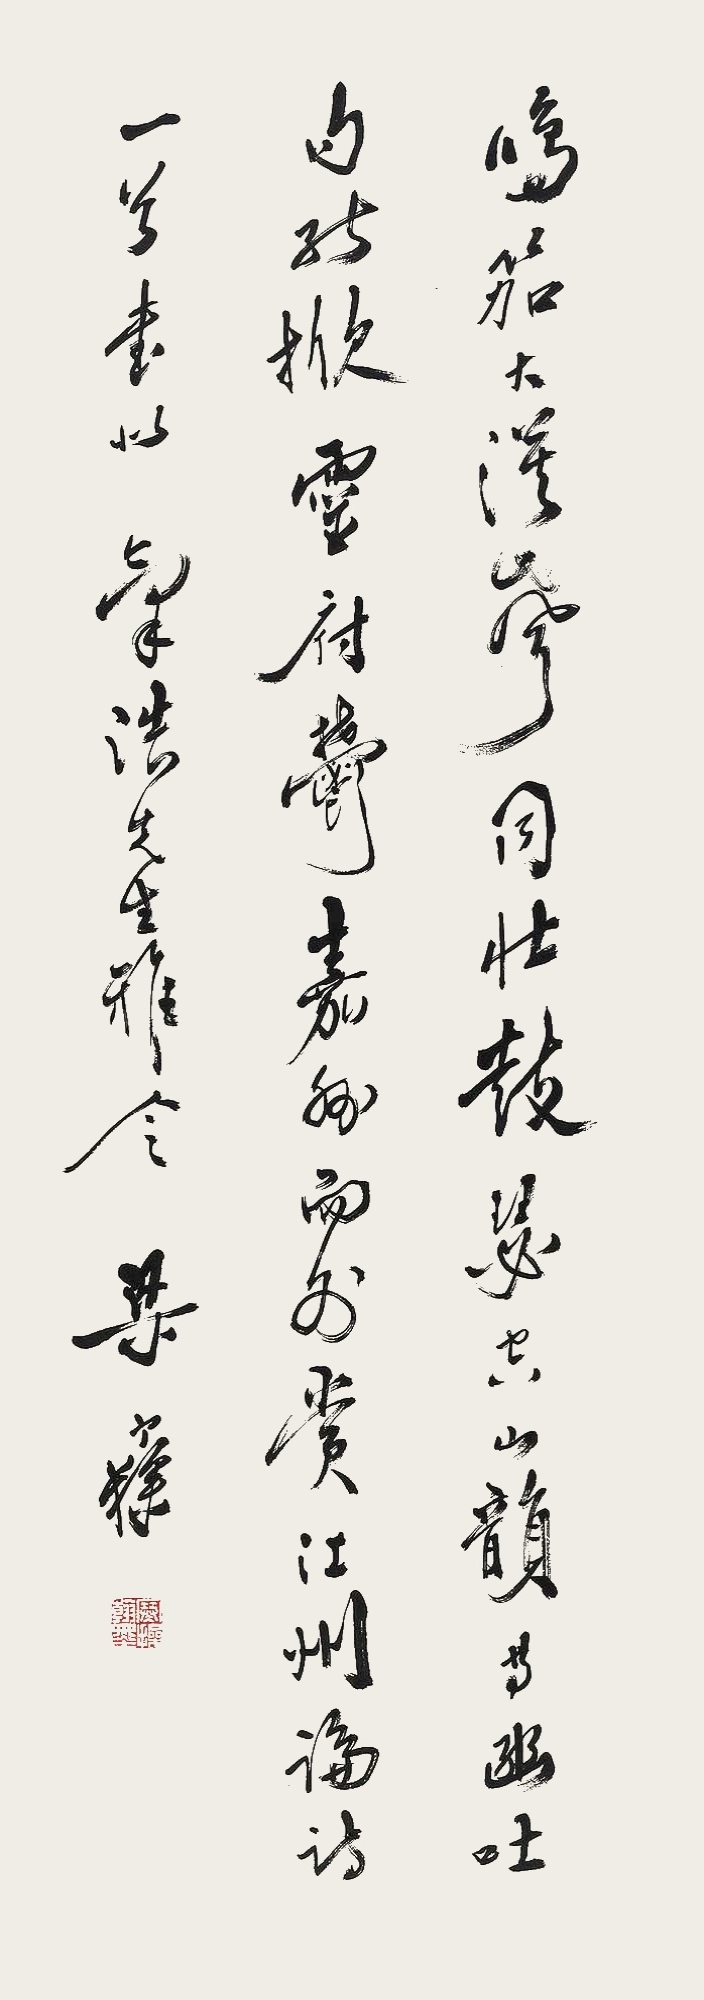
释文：鸣笳大漠声同壮，鼓瑟空山韵等幽。吐句能掀灵府郁，嘉州而外赏江州。论诗一首。书似气浩先生雅令。梁寒操。